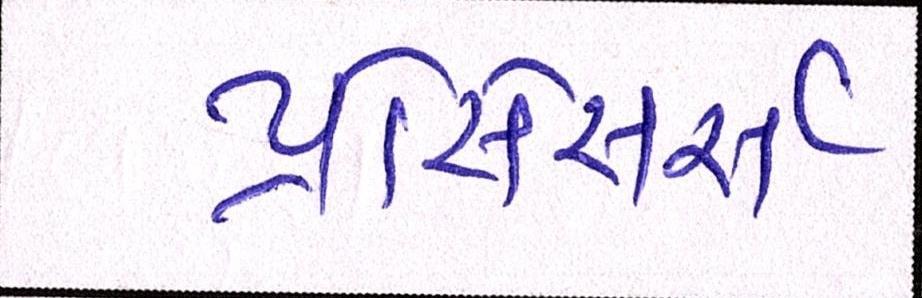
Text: પ્રોસેસર્સ